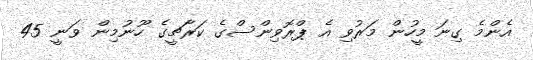
އެންމެ ގިނަ މީހުން މަރުވި އެ ޕްރޮވިންސްގެ ކަރާޗީގެ ހޫނުމިން ވަނީ 45